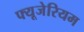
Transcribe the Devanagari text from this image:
फ्यूजेरियम